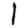
Digit: 1